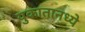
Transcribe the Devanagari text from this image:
युकातानध्ये